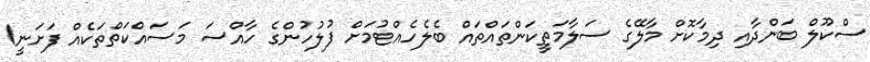
ސްކޫލް ބަންދާއި ދިމާކޮށް މާލޭގެ ސަލާމަތީކަންތައްތައް ބެލެހެއްޓުމަށް ފުލުހުންގެ ހާއްސަ މަސައްކަތްތަކެއް ފަށަނީ1